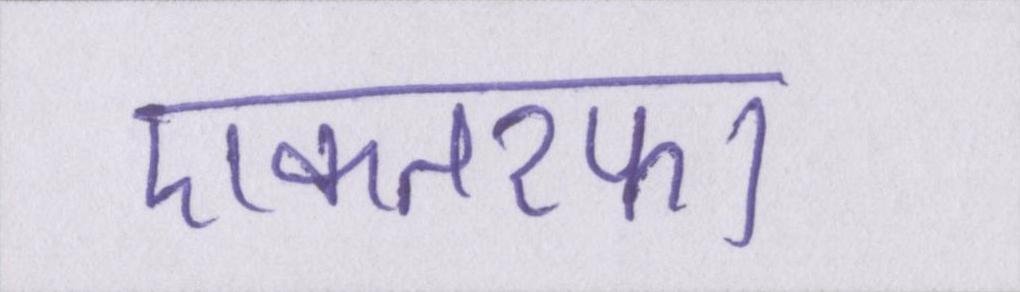
एकतरफा